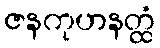
ဇနကုဟနတ္ထံ